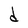
Character: d